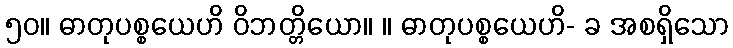
၅၀။ ဓာတုပစ္စယေဟိ ဝိဘတ္တိယော။ ။ ဓာတုပစ္စယေဟိ- ခ အစရှိသော